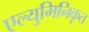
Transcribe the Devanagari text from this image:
एल्युमिनिकृत